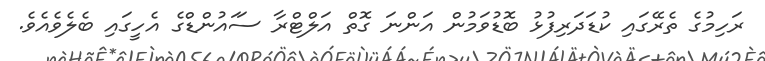
ރަހިމުގެ ތެރޭގައި ކުޑަދަރިފުޅު ބޮޑުވަމުން އަންނަ ގޮތް އަލްޓްރާ ސަައުންޑްގެ އެހީގައި ބެލެވެއެވެ.